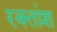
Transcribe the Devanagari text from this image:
रक्‍तांश